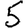
Digit: 5